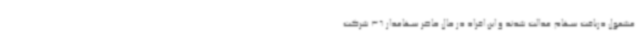
مشمول دریافت سهام عدالت شدند و این افراد در حال حاضر سهامدار 36 شرکت